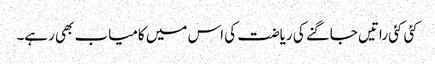
کئی کئی راتیں جاگنے کی ریاضت کی اس میں کامیاب بھی رہے۔